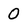
Character: 0